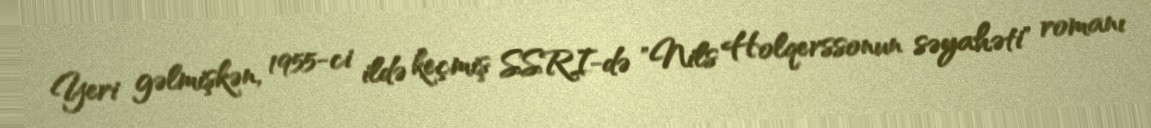
Yeri gəlmişkən, 1955-ci ildə keçmiş SSRI-də "Nils Holqerssonun səyahəti" romanı